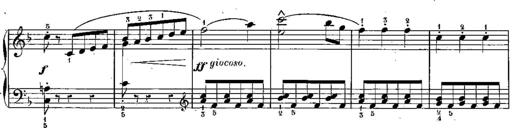
Title: 6 Sonatines
Composer: Albert Lavignac
Key: C major
 G major
 D major
 A minor
 F major
 B-flat major